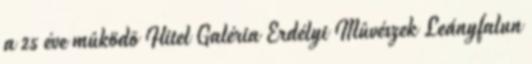
a 25 éve mûködõ Hitel Galéria Erdélyi Mûvészek Leányfalun